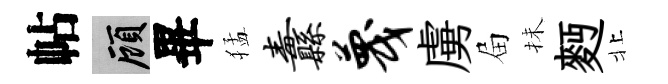
帖顧畢猛纛蔑虜屇抺麪北